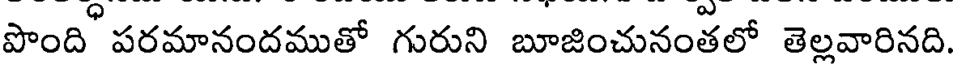
పొంది పరమానందముతో గురుని బూజించునంతలో తెలవారినది.